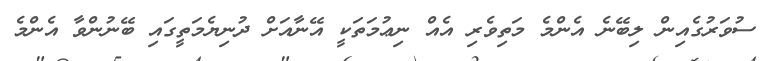
ސުވަރުގެއިން ލިބޭނެ އެންމެ މަތިވެރި އެއް ނިޢުމަތަކީ އޭނާއަށް ދުނިޔެމަތީގައި ބޭނުންވާ އެންމެ